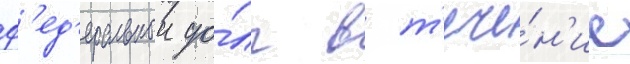
ф'ед'еральныи до́лг в т'ече́н'ие